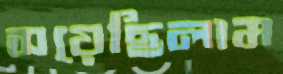
সয়েছিলাম